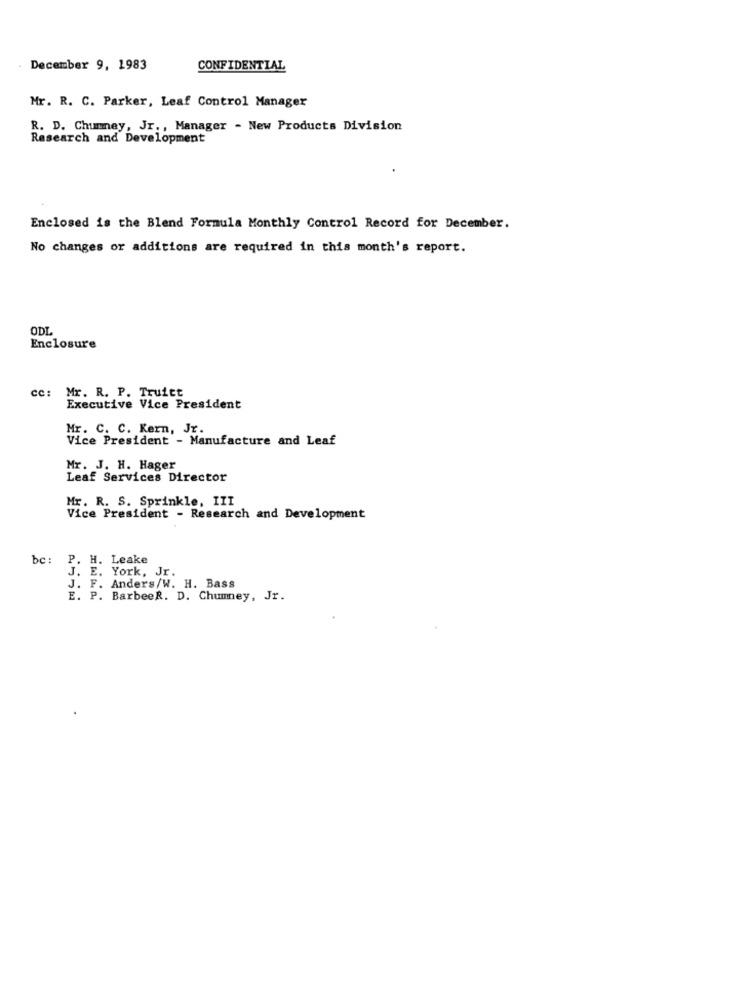
December 9, 1983
CONFIDENTIAL
Mr. R. C. Parker, Leaf Control Manager
R. D. Chumney, Jr ., Manager - New Products Division
Research and Development
Enclosed is the Blend Formula Monthly Control Record for December.
No changes or additions are required in this month's report.
ODI
Enclosure
cc: Mr. R. P. Truitt
Executive Vice President
Mr. C. C. Kern, JT.
Vice President - Manufacture and Leaf
Mr. J. H. Hager
Leaf Services Director
Mr. R. S. Sprinkle, III
Vice President - Research and Development
bc: P. H. Leake
J. E. York, Jr.
J. F. Anders/W. H. Bass
E. P. BarbeeR. D. Chumney, Jr.